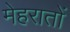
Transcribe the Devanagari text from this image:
मेहरातों